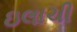
ઇલાચી